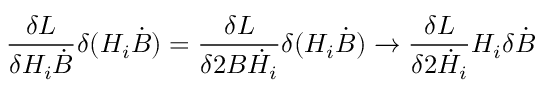
{ \frac { \delta L } { \delta H _ { i } \dot { B } } } \delta ( H _ { i } \dot { B } ) = { \frac { \delta L } { \delta 2 B \dot { H } _ { i } } } \delta ( H _ { i } \dot { B } ) \to { \frac { \delta L } { \delta 2 \dot { H } _ { i } } } H _ { i } \delta \dot { B }